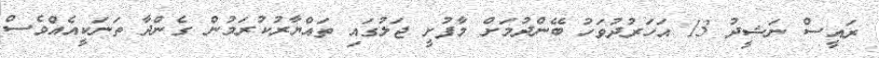
ރައީސް ނަޝީދު 13 އަހަރުދުވަހު ބޭންދުމަށް މާފުށީ ޖަލުގައި ތައްޔާރުކުރަމުން ގެންދާ ތަނަކީއެއްވެސް